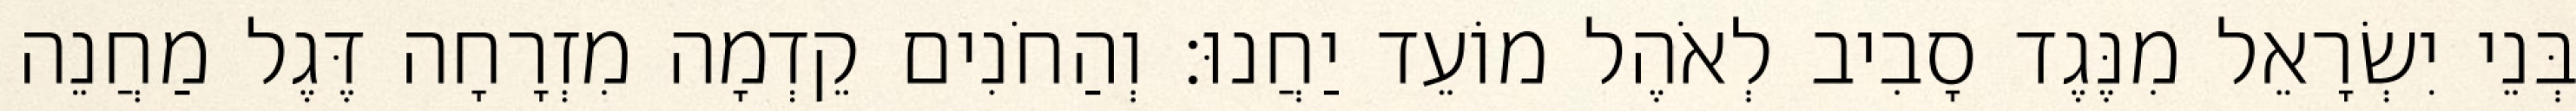
בְּנֵי יִשְׂרָאֵל מִנֶּגֶד סָבִיב לְאֹהֶל מוֹעֵד יַחֲנוּ׃ וְהַחֹנִים קֵדְמָה מִזְרָחָה דֶּגֶל מַחֲנֵה